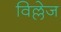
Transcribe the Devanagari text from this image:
विल्लेज